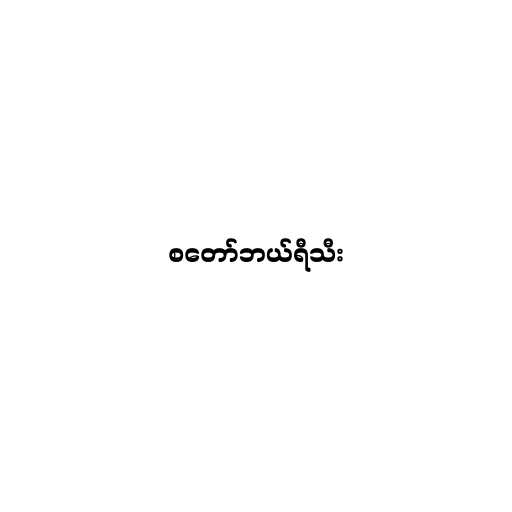
စတော်ဘယ်ရီသီး